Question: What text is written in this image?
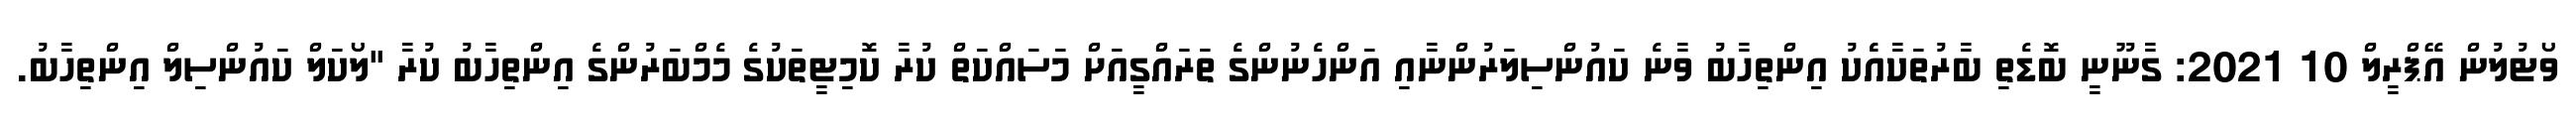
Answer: ވޯޓުލުން އޭޕްރީލް 10 2021: ގާނޫނީ ބޮޑެތި ބާރުތަކާއެެކު އިންތިހާބު ވާނެ ކައުންސިލަރުންނާއި އަންހެނުންގެ ތަރައްގީއަށް މަސައްކަތް ކުރާ ކޮމިޓީތަކުގެ މެމްބަރުންގެ އިންތިހާބު ކުރާ "ލޯކަލް ކައުންސިލް އިންތިހާބު.